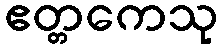
ဧတ္တကေသု